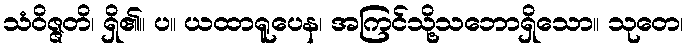
သံဝိဇ္ဇတိ၊ ရှိ၏။ ပ။ ယထာရူပေန၊ အကြင်သို့သဘောရှိသော။ သုတေ၊